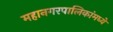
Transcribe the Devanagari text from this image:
महानगरपालिकांमध्ये